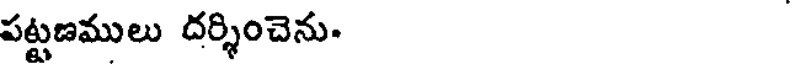
పట్టణములు దర్శించెను.